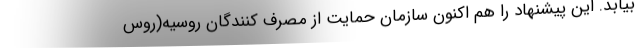
بیابد. این پیشنهاد را هم اکنون سازمان حمایت از مصرف کنندگان روسیه(روس